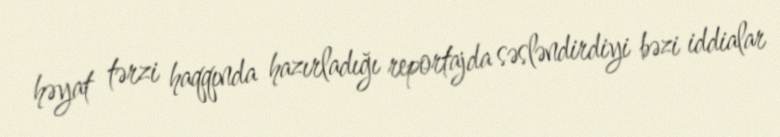
həyat tərzi haqqında hazırladığı reportajda səsləndirdiyi bəzi iddialar